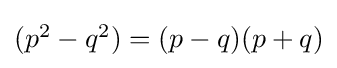
{\textstyle (p^{2}-q^{2})=(p-q)(p+q)}